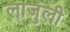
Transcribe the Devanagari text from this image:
लाजुली